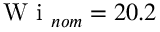
\mathrm { ~ W ~ i ~ } _ { n o m } = 2 0 . 2